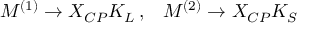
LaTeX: M ^ { ( 1 ) } \to X _ { C P } K _ { L } \, , \; \; \; M ^ { ( 2 ) } \to X _ { C P } K _ { S }